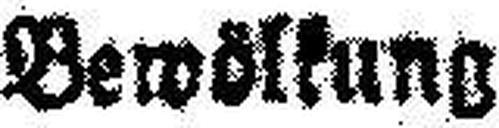
Bewölkung